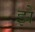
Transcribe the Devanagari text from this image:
झे